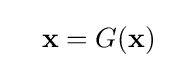
\quad \mathbf {x} =G(\mathbf {x} )